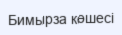
Бимырза көшесі